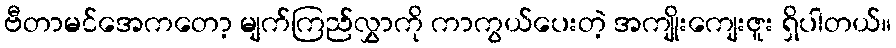
ဗီတာမင်အေကတော့ မျက်ကြည်လွှာကို ကာကွယ်ပေးတဲ့ အကျိုးကျေးဇူး ရှိပါတယ်။